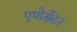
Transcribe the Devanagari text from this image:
एपोसेंटर